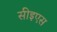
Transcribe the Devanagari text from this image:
सीइएस